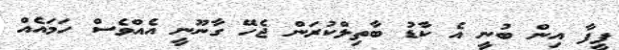
ފީފާ އިން ބުނީ އެ ކާޑު ބާތިލްކުރަން ޖެހޭ ގާނޫނީ އެއްވެސް ހަމައެއް